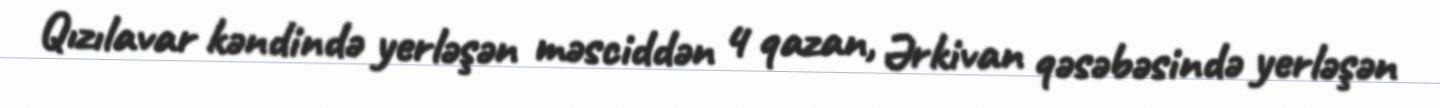
Qızılavar kəndində yerləşən məsciddən 4 qazan, Ərkivan qəsəbəsində yerləşən